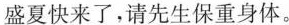
盛夏快来了，请先生保重身体。